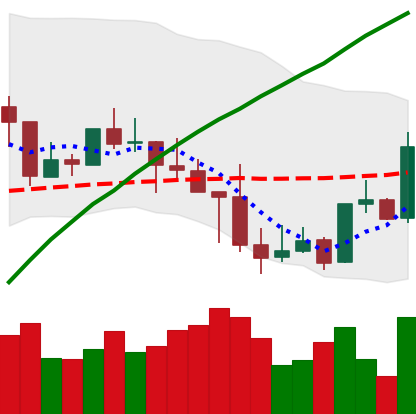
Ticker: LINK-USD
Chart end date: 2019-05-03
Forward return: 15.497%
Label: up_7plus